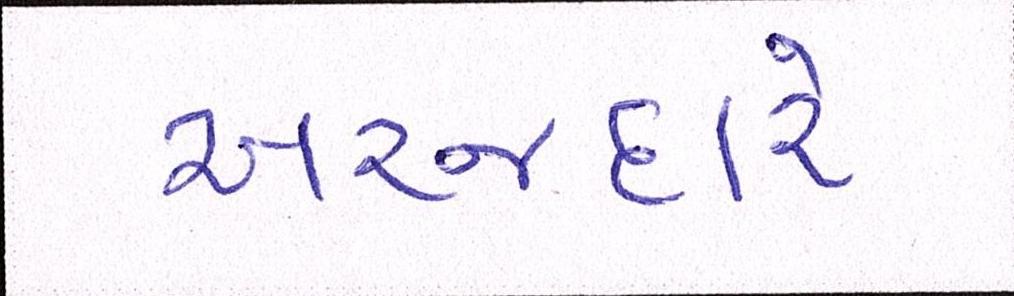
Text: અરજદારે